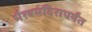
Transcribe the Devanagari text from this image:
भैरवमंदिरापर्यंत